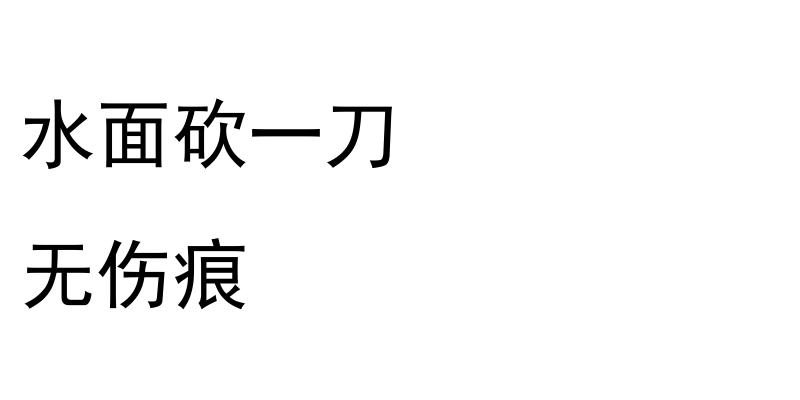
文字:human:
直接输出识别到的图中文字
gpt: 水面砍一刀 无伤痕